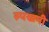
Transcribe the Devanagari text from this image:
रुपखनी